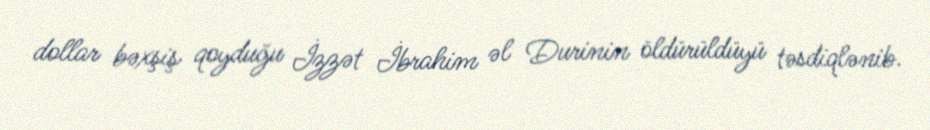
dollar bəxşiş qoyduğu İzzət İbrahim əl Durinin öldürüldüyü təsdiqlənib.